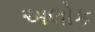
અલોક